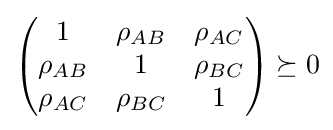
{\begin{pmatrix}1&\rho _{AB}&\rho _{AC}\\\rho _{AB}&1&\rho _{BC}\\\rho _{AC}&\rho _{BC}&1\end{pmatrix}}\succeq 0